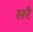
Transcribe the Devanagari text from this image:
सरै